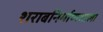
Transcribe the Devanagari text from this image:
शराबनिर्माणशाला